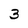
Character: 3